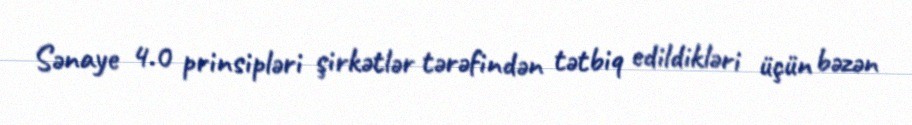
Sənaye 4.0 prinsipləri şirkətlər tərəfindən tətbiq edildikləri üçün bəzən